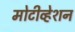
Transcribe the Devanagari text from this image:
मोटीव्हेशन